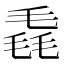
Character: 毳